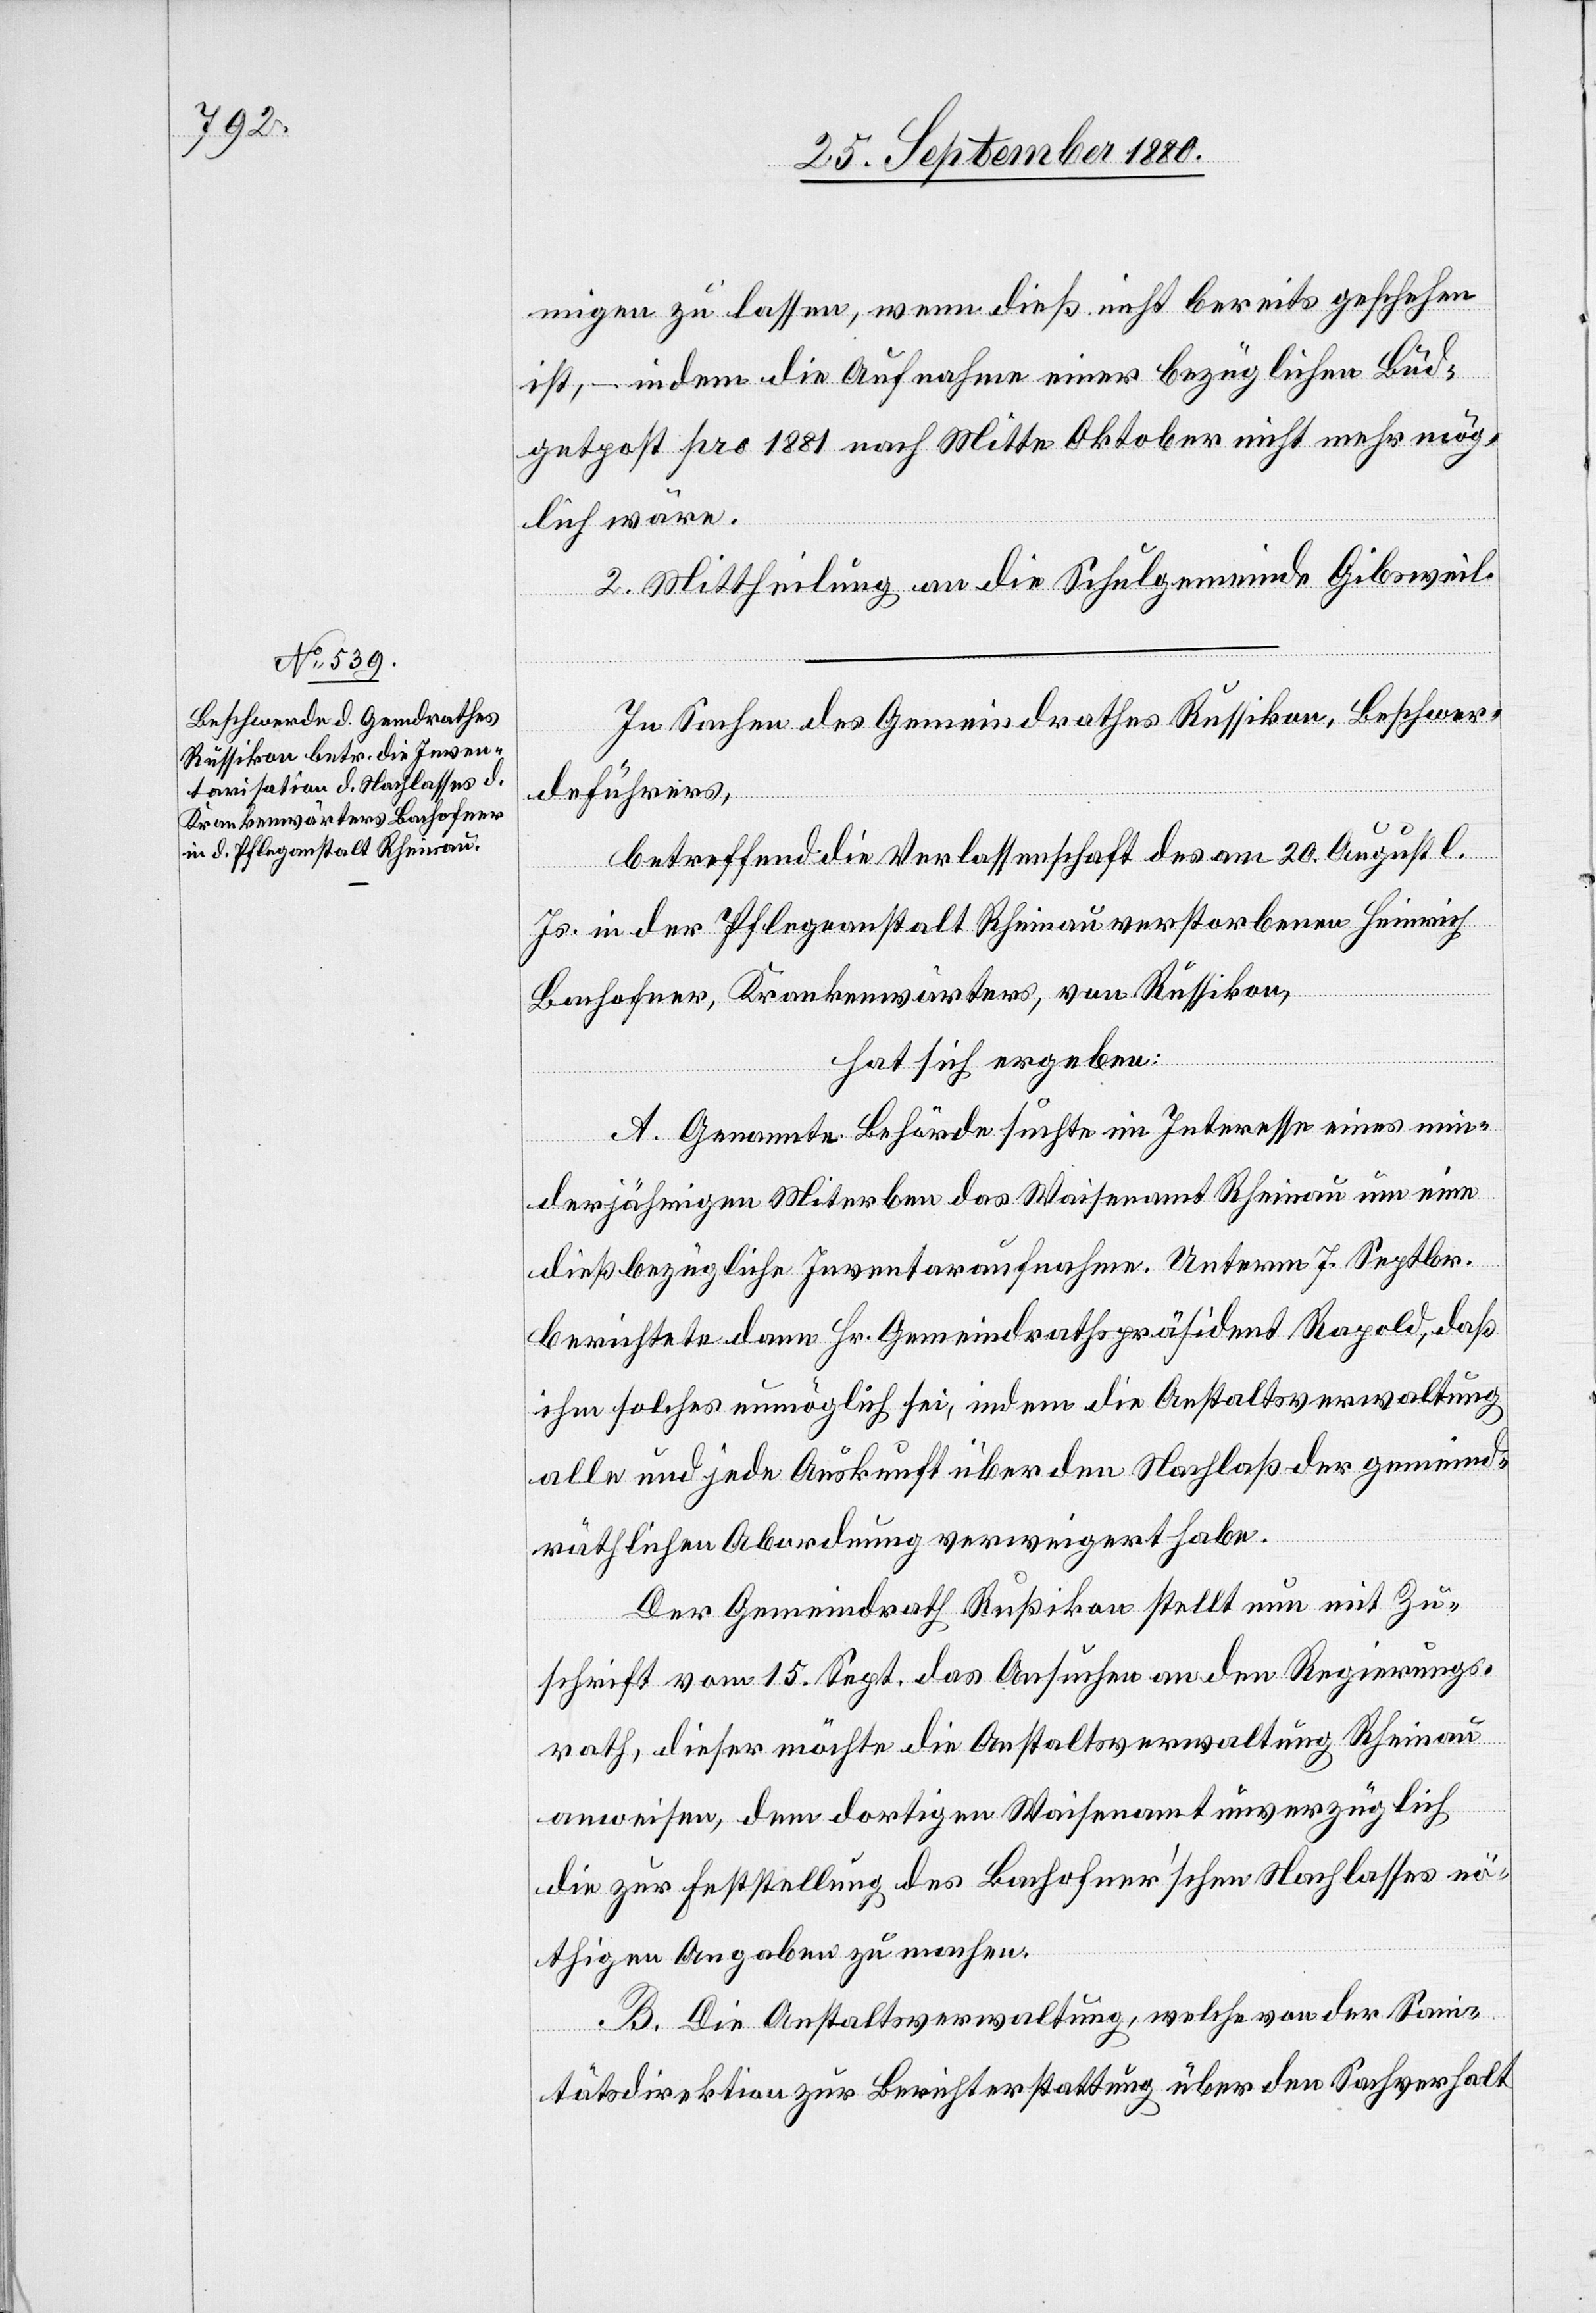
migen zu lassen, wenn dieß nicht bereits geschehen
ist, indem die Aufnahme einer bezüglichen Bud¬
getpost pro 1881 nach Mitte Oktober nicht mehr mög¬
lich wäre.
2. Mittheilung an die Schulgemeinde Gibsweil.
In Sachen des Gemeindrathes Russikon, Beschwer¬
deführers,
betreffend die Verlassenschaft des am 20. August l.
Js. in der Pflegeanstalt Rheinau verstorbenen Heinrich
Bachofner, Krankenwärters, von Russikon,
hat sich ergeben:
A. Genannte Behörde suchte im Interesse eines min¬
derjährigen Miterben das Waisenamt Rheinau um eine
dießbezügliche Inventaraufnahme. Unterm 7. Septbr.
berichtete dann Hr. Gemeindrathspräsident Rapold, daß
ihm solches unmöglich sei, indem die Anstaltsverwaltung
alle und jede Auskunft über den Nachlaß der gemeind¬
räthlichen Abordnung verweigert habe.
Der Gemeindrath Rußikon [sic!] stellt nun mit Zu¬
schrift vom 15. Sept. das Ansuchen an den Regierungs¬
rath, dieser möchte die Anstaltsverwaltung Rheinau
anweisen, dem dortigen Waisenamt unverzüglich
die zur Feststellung des Bachofner’schen Nachlasses nö¬
thigen Angaben zu machen.
B. Die Anstaltsverwaltung, welche von der Sani¬
tätsdirektion zur Berichterstattung über den Sachverhalt